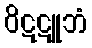
ဝိဋဋူဘံ